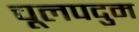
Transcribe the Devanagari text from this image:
चूलपदुम